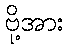
ဗို့အား